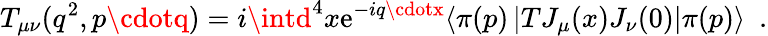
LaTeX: T_{\mu\nu}(q^{2},p\cdotq)=i\intd^{4}x\mathrm{e}^{-iq\cdotx}\langle\pi(p)\left|TJ_{\mu}(x)J_{\nu}(0)\right|\pi(p)\rangle\ \ .